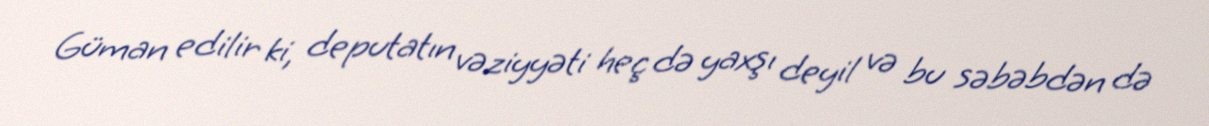
Güman edilir ki, deputatın vəziyyəti heç də yaxşı deyil və bu səbəbdən də